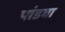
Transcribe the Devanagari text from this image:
पांडवा